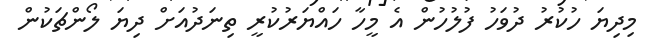
މިދިޔަ ހުކުރު ދުވަހު ފުލުހުން އެ މީހާ ހައްޔަރުކުރީ ތިނަދުއަށް ދިޔަ ލޯންޗަކުން